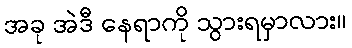
အခု အဲဒီ နေရာကို သွားရမှာလား။